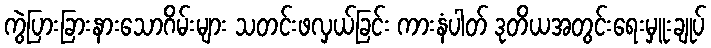
ကွဲပြားခြားနားသောဂိမ်းများ သတင်းဖလှယ်ခြင်း ကားနံပါတ် ဒုတိယအတွင်းရေးမှူးချုပ်